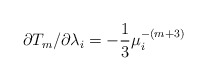
\begin{align*}\partial T_{m}/\partial\lambda_{i}=-\frac{1}{3}\mu_{i}^{-(m+3)}\end{align*}